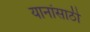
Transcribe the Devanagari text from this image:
यानांसाठी